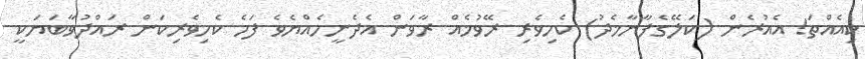
ކިއެއްތަ! އެއުރެން (ކަލޭގެފާނާމެދު) ކެހިވެރި ރޭވުމެއް ރާވަން އެދެނީހެއްޔެވެ ފަހެ ކެހިވެރިކަން ރައްދުވާބަޔަކީ